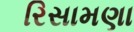
રિસામણા